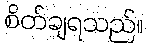
စိတ်ချရသည်။